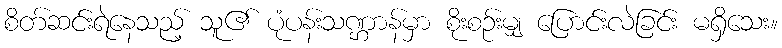
စိတ်ဆင်းရဲနေသည့် သူ၏ ပုံပန်းသဏ္ဌာန်မှာ စိုးစဉ်းမျှ ပြောင်းလဲခြင်း မရှိသေး။